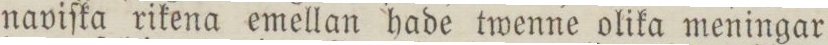
naviſka rikena emellan hade twenne olika meningar